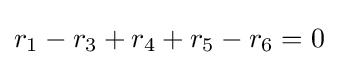
r_{1}-r_{3}+r_{4}+r_{5}-r_{6}=0